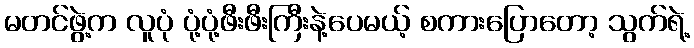
မတင်ဖွဲ့က လူပုံ ပုံ့ပုံ့ဖီးဖီးကြီးနဲ့ပေမယ့် စကားပြောတော့ သွက်ရဲ့